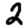
Digit: 2